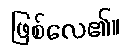
ဖြစ်လေ၏။